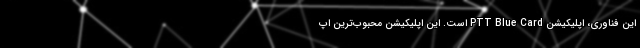
این فناوری، اپلیکیشن PTT Blue Card است. این اپلیکیشن محبوب‌ترین اپ